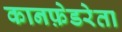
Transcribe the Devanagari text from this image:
कानफ़ेडरेता